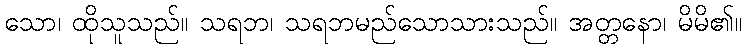
သော၊ ထိုသူသည်။ သရဘ၊ သရဘမည်သောသားသည်။ အတ္တနော၊ မိမိ၏။